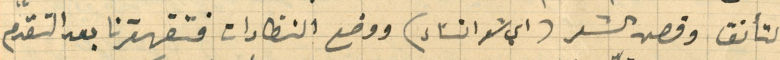
والتأنق وقص الشعر (اي شعر النسَاء) ووضع النظارات فتقهقرنا بعد التقدم